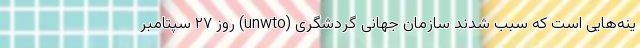
ینه‌هایی است که سبب شدند سازمان جهانی گردشگری (unwto) روز ۲۷ سپتامبر